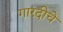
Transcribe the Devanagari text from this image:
गारदीचे